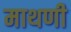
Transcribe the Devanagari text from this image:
माथणी